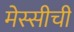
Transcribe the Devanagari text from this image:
मेस्सीची